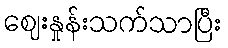
ဈေးနှုန်းသက်သာပြီး